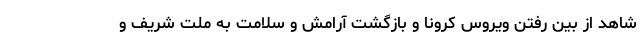
شاهد از بین رفتن ویروس کرونا و بازگشت آرامش و سلامت به ملت شریف و